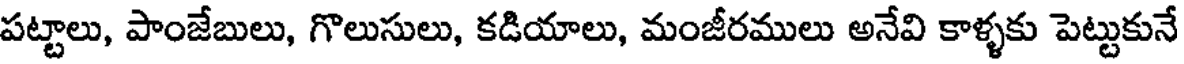
పట్టాలు, పాంజేబులు, గొలుసులు, కడియాలు, మంజీరములు అనేవి కాళ్ళకు పెట్టుకునే